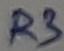
Text: R3